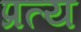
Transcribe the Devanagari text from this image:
प्रत्य